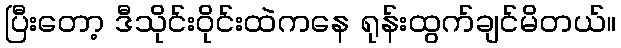
ပြီးတော့ ဒီသိုင်းဝိုင်းထဲကနေ ရုန်းထွက်ချင်မိတယ်။